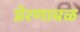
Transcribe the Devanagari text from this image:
प्रेरणाबळ